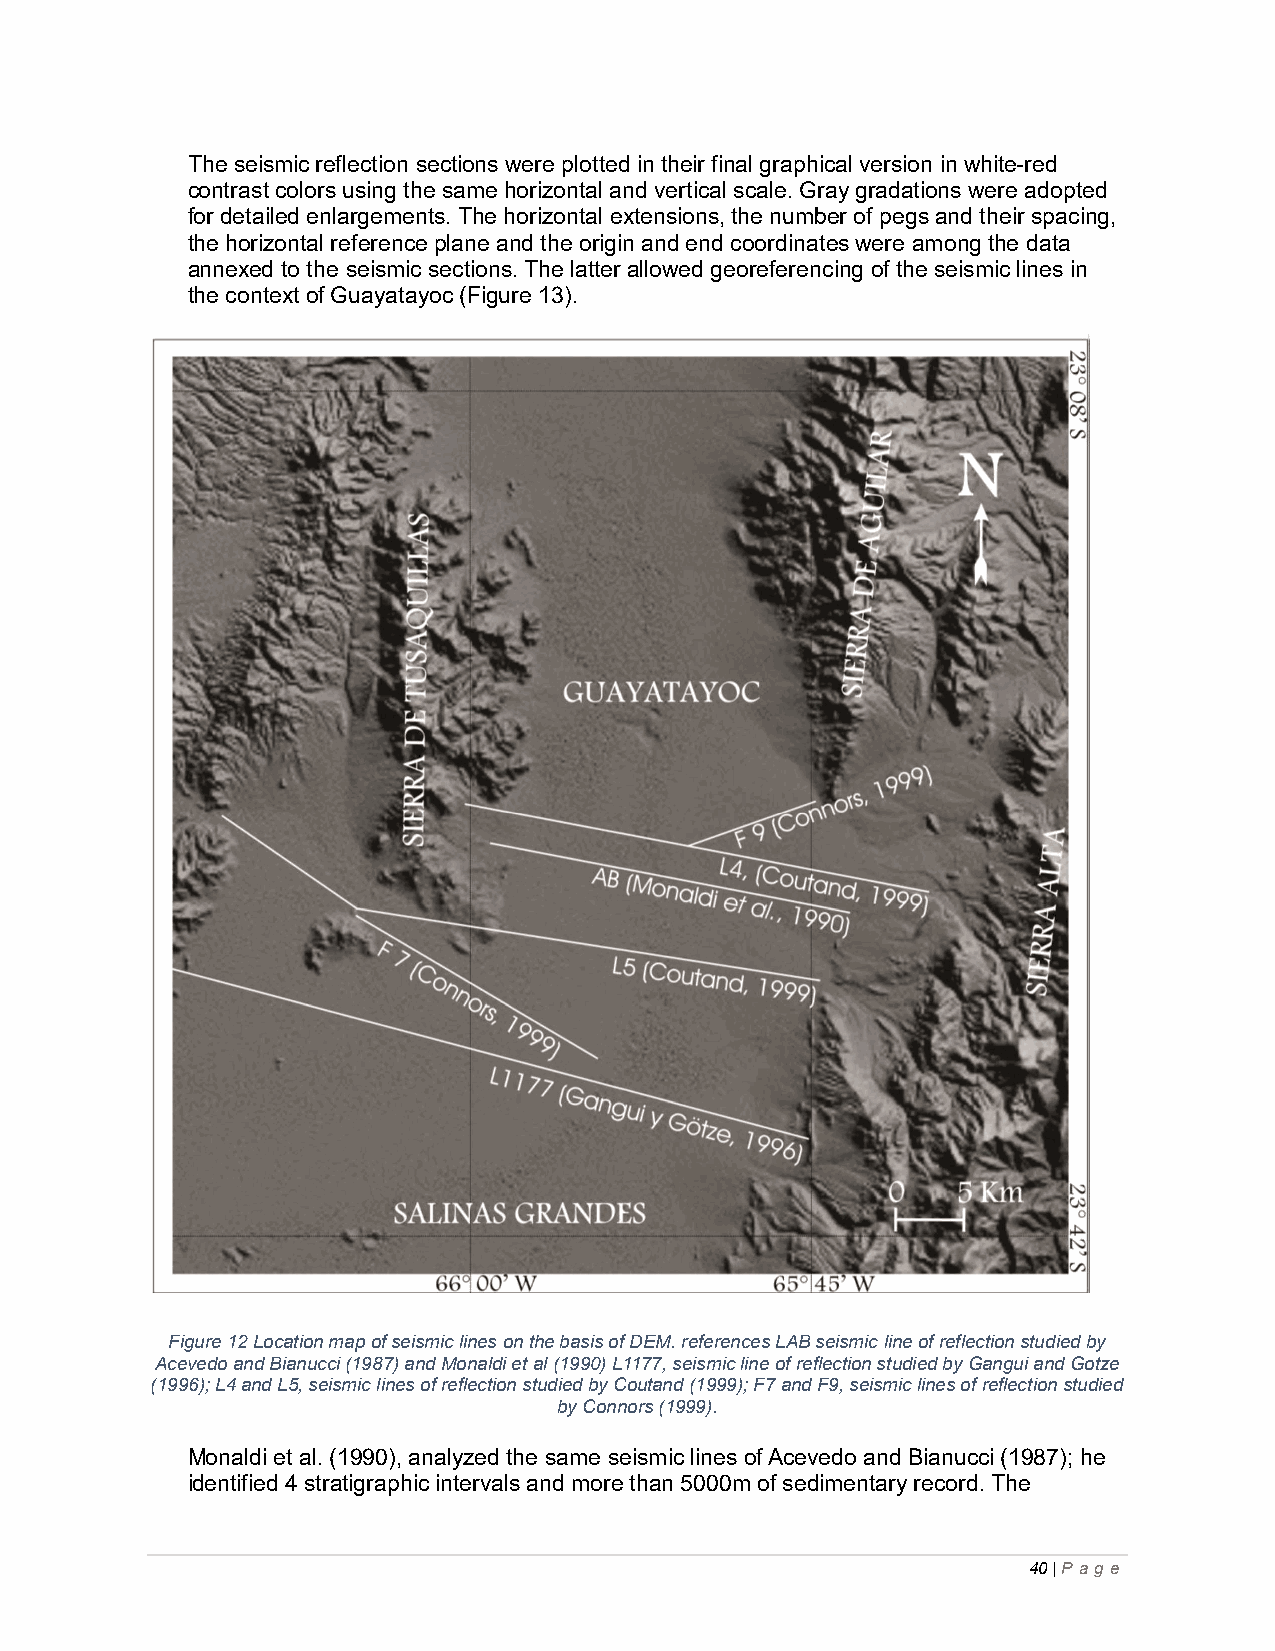
The seismic reflection sections were plotted in their final graphical version in white-red
 contrast colors using the same horizontal and vertical scale. Gray gradations were adopted
 for detailed enlargements. The horizontal extensions, the number of pegs and their spacing,
 the horizontal reference plane and the origin and end coordinates were among the data
 annexed to the seismic sections. The latter allowed georeferencing of the seismic lines in
 the context of Guayatayoc (Figure 13).
 Figure 12 Location map of seismic lines on the basis of DEM. references LAB seismic line of reflection studied by
 Acevedo and Bianucci (1987) and Monaldi et al (1990) L1177, seismic line of reflection studied by Gangui and Gotze
 (1996); L4 and L5, seismic lines of reflection studied by Coutand (1999); F7 and F9, seismic lines of reflection studied
 by Connors (1999).
 Monaldi et al. (1990), analyzed the same seismic lines of Acevedo and Bianucci (1987); he
 identified 4 stratigraphic intervals and more than 5000m of sedimentary record. The
 40 | P ag e